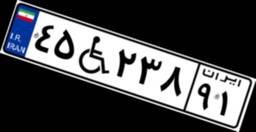
۹۸W۶۳۶۹۲